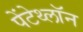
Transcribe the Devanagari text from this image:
पेंटेथ्लॉन